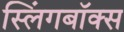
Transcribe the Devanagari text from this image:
स्लिंगबॉक्स